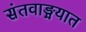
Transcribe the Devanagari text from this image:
संतवाङ्मयात